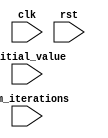
module for_loop_behavioral_model(
    input wire clk,
    input wire rst,
    
    // Define loop counter and parameters
    input wire [31:0] num_iterations,
    input wire [31:0] initial_value,
    
    // Define any additional input ports for loop operations
    
    // Define any additional output ports for loop operations
);

reg [31:0] loop_counter;

always @(posedge clk or posedge rst) begin
    if (rst) begin
        loop_counter <= 0;
    end else begin
        if (loop_counter < num_iterations) begin
            // Perform operations within the loop here
            
            // Increment the loop counter
            loop_counter <= loop_counter + 1;
        end
    end
end

endmodule